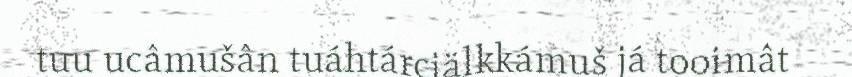
tuu ucâmušân tuáhtárciälkkámuš já tooimât